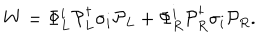
LaTeX: W = \Phi _ { L } ^ { i } { \cal P } _ { L } ^ { \dagger } \sigma _ { i } { \cal P } _ { L } + \Phi _ { R } ^ { i } { \cal P } _ { R } ^ { \dagger } \sigma _ { i } { \cal P } _ { R } .